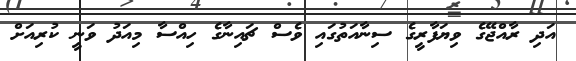
އަދި ރާއްޖޭގެ ވިޔަފާރީގެ ސިނާއަތުގައި ވެސް ޗައިނާގެ ހިއްސާ މިއަދު ވަނީ ކުރިއަށް